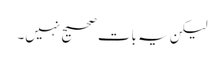
لیکن یہ بات صحیح نہیں۔